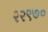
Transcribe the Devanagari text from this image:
२२९७०